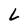
Character: L